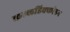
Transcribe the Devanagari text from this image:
कल्लडिक्कोडन